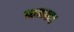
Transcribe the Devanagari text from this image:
चालक।